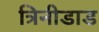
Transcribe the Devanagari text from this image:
त्रिनीडाड